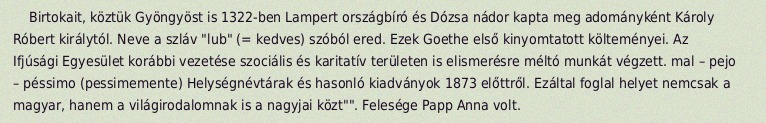
Birtokait, köztük Gyöngyöst is 1322-ben Lampert országbíró és Dózsa nádor kapta meg adományként Károly Róbert királytól. Neve a szláv "lub" (= kedves) szóból ered. Ezek Goethe első kinyomtatott költeményei. Az Ifjúsági Egyesület korábbi vezetése szociális és karitatív területen is elismerésre méltó munkát végzett. mal – pejo – péssimo (pessimemente) Helységnévtárak és hasonló kiadványok 1873 előttről. Ezáltal foglal helyet nemcsak a magyar, hanem a világirodalomnak is a nagyjai közt"". Felesége Papp Anna volt.